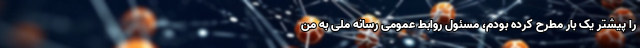
را پیشتر یک بار مطرح کرده‌ بودم، مسئول روابط عمومی رسانه ملی به من